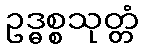
ဥဒ္ဓစ္စသုတ္တံ